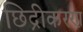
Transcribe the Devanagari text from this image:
छिद्रीकरण